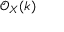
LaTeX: { \mathcal { O } } _ { X } ( k )